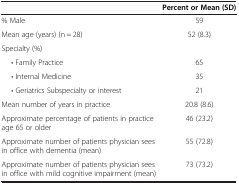
<table><thead><tr><td><b> </b></td><td><b>Percent or Mean (SD)</b></td></tr></thead><tbody><tr><td>% Male</td><td>59</td></tr><tr><td>Mean age (years) (n = 28)</td><td>52 (8.3)</td></tr><tr><td colspan="2">Specialty (%)</td></tr><tr><td>• Family Practice</td><td>65</td></tr><tr><td>• Internal Medicine</td><td>35</td></tr><tr><td>• Geriatrics Subspecialty or interest</td><td>21</td></tr><tr><td>Mean number of years in practice</td><td>20.8 (8.6)</td></tr><tr><td>Approximate percentage of patients in practice age 65 or older</td><td>46 (23.2)</td></tr><tr><td>Approximate number of patients physician sees in office with dementia (mean)</td><td>55 (72.8)</td></tr><tr><td>Approximate number of patients physician sees in office with mild cognitive impairment (mean)</td><td>73 (73.2)</td></tr></tbody></table>